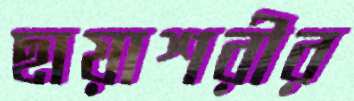
ছায়াশরীর